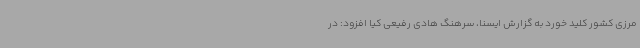
مرزی کشور کلید خورد به گزارش ایسنا، سرهنگ هادی رفیعی کیا افزود: در